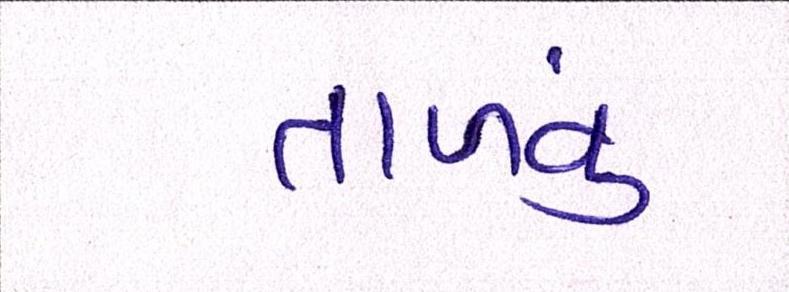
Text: તાળવું